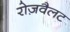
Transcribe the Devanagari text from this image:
रोज़वैलट